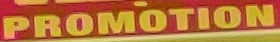
PROMOTION